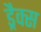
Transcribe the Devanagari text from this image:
ड्रैक्स